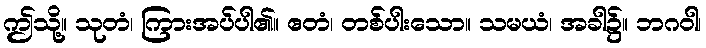
ဤသို့။ သုတံ၊ ကြားအပ်ပါ၏။ ဧတံ၊ တစ်ပါးသော။ သမယံ၊ အခါ၌။ ဘဂဝါ၊